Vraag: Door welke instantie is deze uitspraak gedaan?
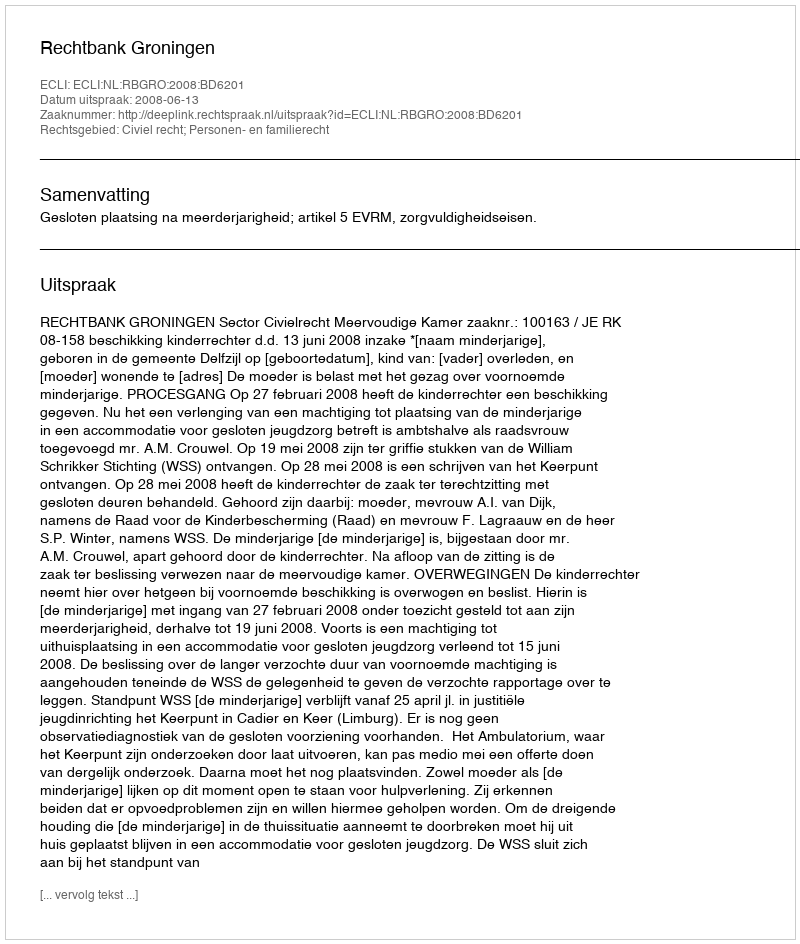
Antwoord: Rechtbank Groningen